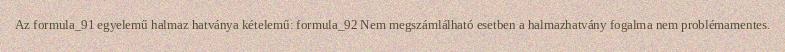
Az formula_91 egyelemű halmaz hatványa kételemű: formula_92 Nem megszámlálható esetben a halmazhatvány fogalma nem problémamentes.